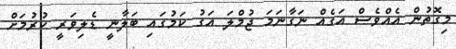
މިގޮތުން އެއްވެސް އަގެއް ނަގާނަމަ ޖުމްލަ އަގު ކަމުގައި ބަލާނީ ޑެލިވަރީ ކުރުމަށް